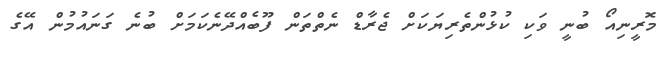
މޮރީނިއޯ ބުނީ ވަކި ކުޅުންތެރިޔަކަށް ޖެރާޑް ނެތްތަން ފޫބެއްދޭނެކަމަށް ބުނެ ގަނައުމުން އޭގެ